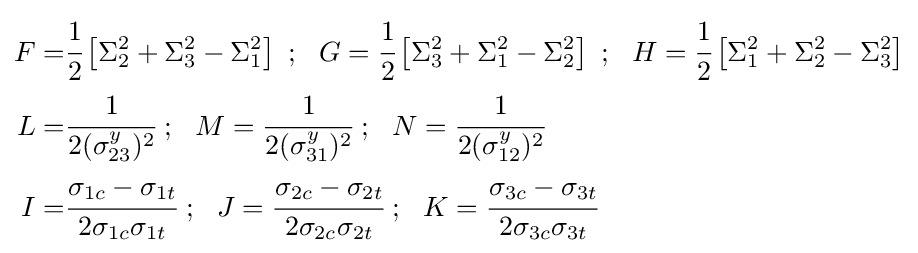
{\begin{aligned}F=&{\cfrac {1}{2}}\left[\Sigma _{2}^{2}+\Sigma _{3}^{2}-\Sigma _{1}^{2}\right]~;~~G={\cfrac {1}{2}}\left[\Sigma _{3}^{2}+\Sigma _{1}^{2}-\Sigma _{2}^{2}\right]~;~~H={\cfrac {1}{2}}\left[\Sigma _{1}^{2}+\Sigma _{2}^{2}-\Sigma _{3}^{2}\right]\\L=&{\cfrac {1}{2(\sigma _{23}^{y})^{2}}}~;~~M={\cfrac {1}{2(\sigma _{31}^{y})^{2}}}~;~~N={\cfrac {1}{2(\sigma _{12}^{y})^{2}}}\\I=&{\cfrac {\sigma _{1c}-\sigma _{1t}}{2\sigma _{1c}\sigma _{1t}}}~;~~J={\cfrac {\sigma _{2c}-\sigma _{2t}}{2\sigma _{2c}\sigma _{2t}}}~;~~K={\cfrac {\sigma _{3c}-\sigma _{3t}}{2\sigma _{3c}\sigma _{3t}}}\end{aligned}}